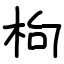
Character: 枸